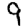
Digit: 9